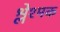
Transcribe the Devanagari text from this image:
श्लेश्मक